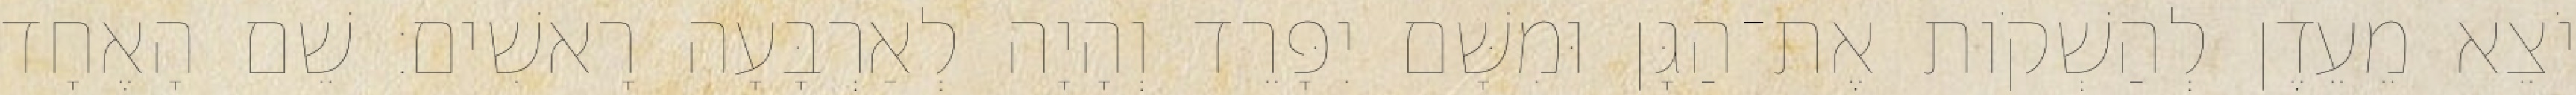
יֹצֵא מֵעֵדֶן לְהַשְׁקֹות אֶת־הַגָּן וּמִשָּׁם יִפָּרֵד וְהָיָה לְאַרְבָּעָה רָאשִׁים׃ שֵׁם הָאֶחָד